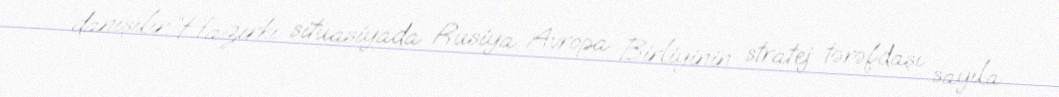
danışılır.“Hazırkı situasiyada Rusiya Avropa Birliyinin stratej tərəfdaşı sayıla